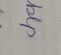
Signature authenticity: forged